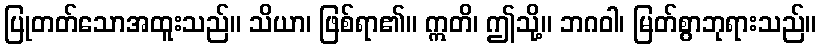
ပြုတတ်သောအထူးသည်။ သိယာ၊ ဖြစ်ရာ၏။ ဣတိ၊ ဤသို့။ ဘဂဝါ၊ မြတ်စွာဘုရားသည်။